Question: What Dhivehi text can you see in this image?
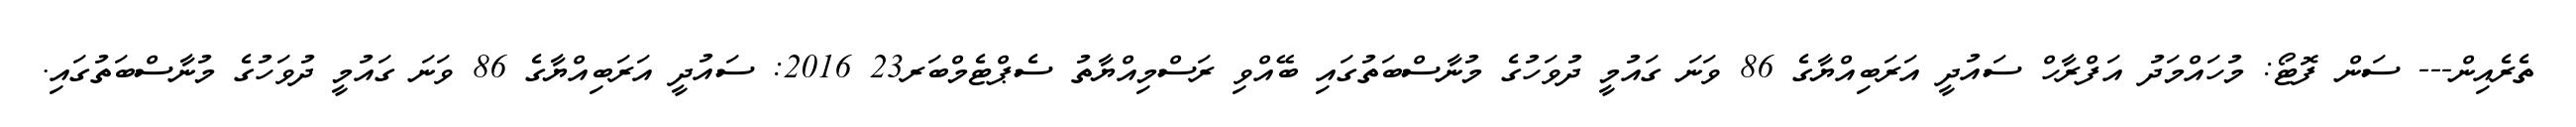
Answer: ތެރެއިން--- ސަން ފޮޓޯ: މުހައްމަދު އަފްރާހް ސައުދީ އަރަބިއްޔާގެ 86 ވަނަ ގައުމީ ދުވަހުގެ މުނާސްބަތުގައި ބޭއްވި ރަސްމިއްޔާތު ސެޕްޓެމްބަރ23 2016: ސައުދީ އަރަބިއްޔާގެ 86 ވަނަ ގައުމީ ދުވަހުގެ މުނާސްބަތުގައި.